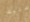
عليك